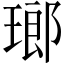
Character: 瑯